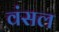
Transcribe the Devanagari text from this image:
वंसल